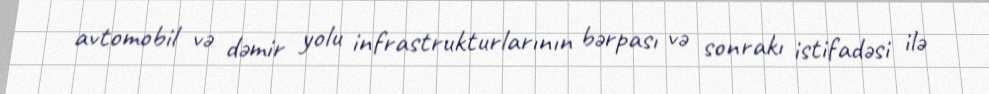
avtomobil və dəmir yolu infrastrukturlarının bərpası və sonrakı istifadəsi ilə